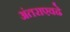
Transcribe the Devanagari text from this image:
अंतराएवढे